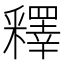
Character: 釋